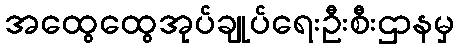
အထွေထွေအုပ်ချုပ်ရေးဦးစီးဌာနမှ